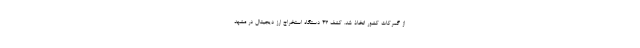
از گمرکات کشور اتخاذ شد. کشف 43 دستگاه استخراج ارز دیجیتال در مشهد